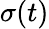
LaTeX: \sigma(t)